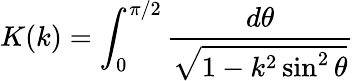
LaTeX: K(k)=\int_{0}^{\pi/2}\frac{d\theta}{\sqrt{1-k^{2}\sin^{2}\theta}}